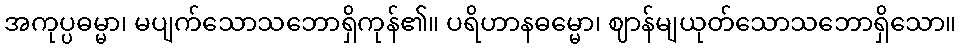
အကုပ္ပဓမ္မာ၊ မပျက်သောသဘောရှိကုန်၏။ ပရိဟာနဓမ္မော၊ ဈာန်မျယုတ်သောသဘောရှိသော။